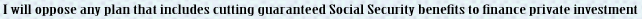
I will oppose any plan that includes cutting guaranteed Social Security benefits to finance private investment